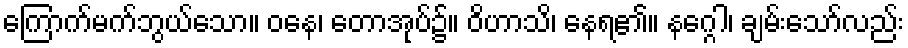
ကြောက်မက်ဘွယ်သော။ ဝနေ၊ တောအုပ်၌။ ဝိဟာသိ၊ နေရ၏။ နဂ္ဂေါ၊ ချမ်းသော်လည်း